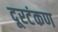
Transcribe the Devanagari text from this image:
दूरटंकण